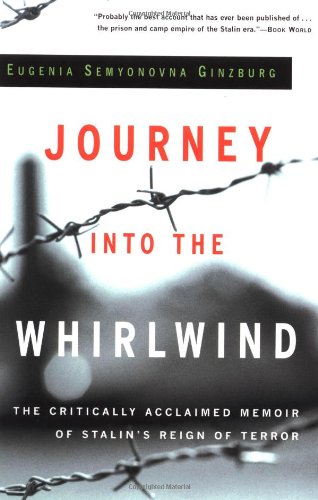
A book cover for Journey into the Whirlwind; Eugenia Ginzburg; History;